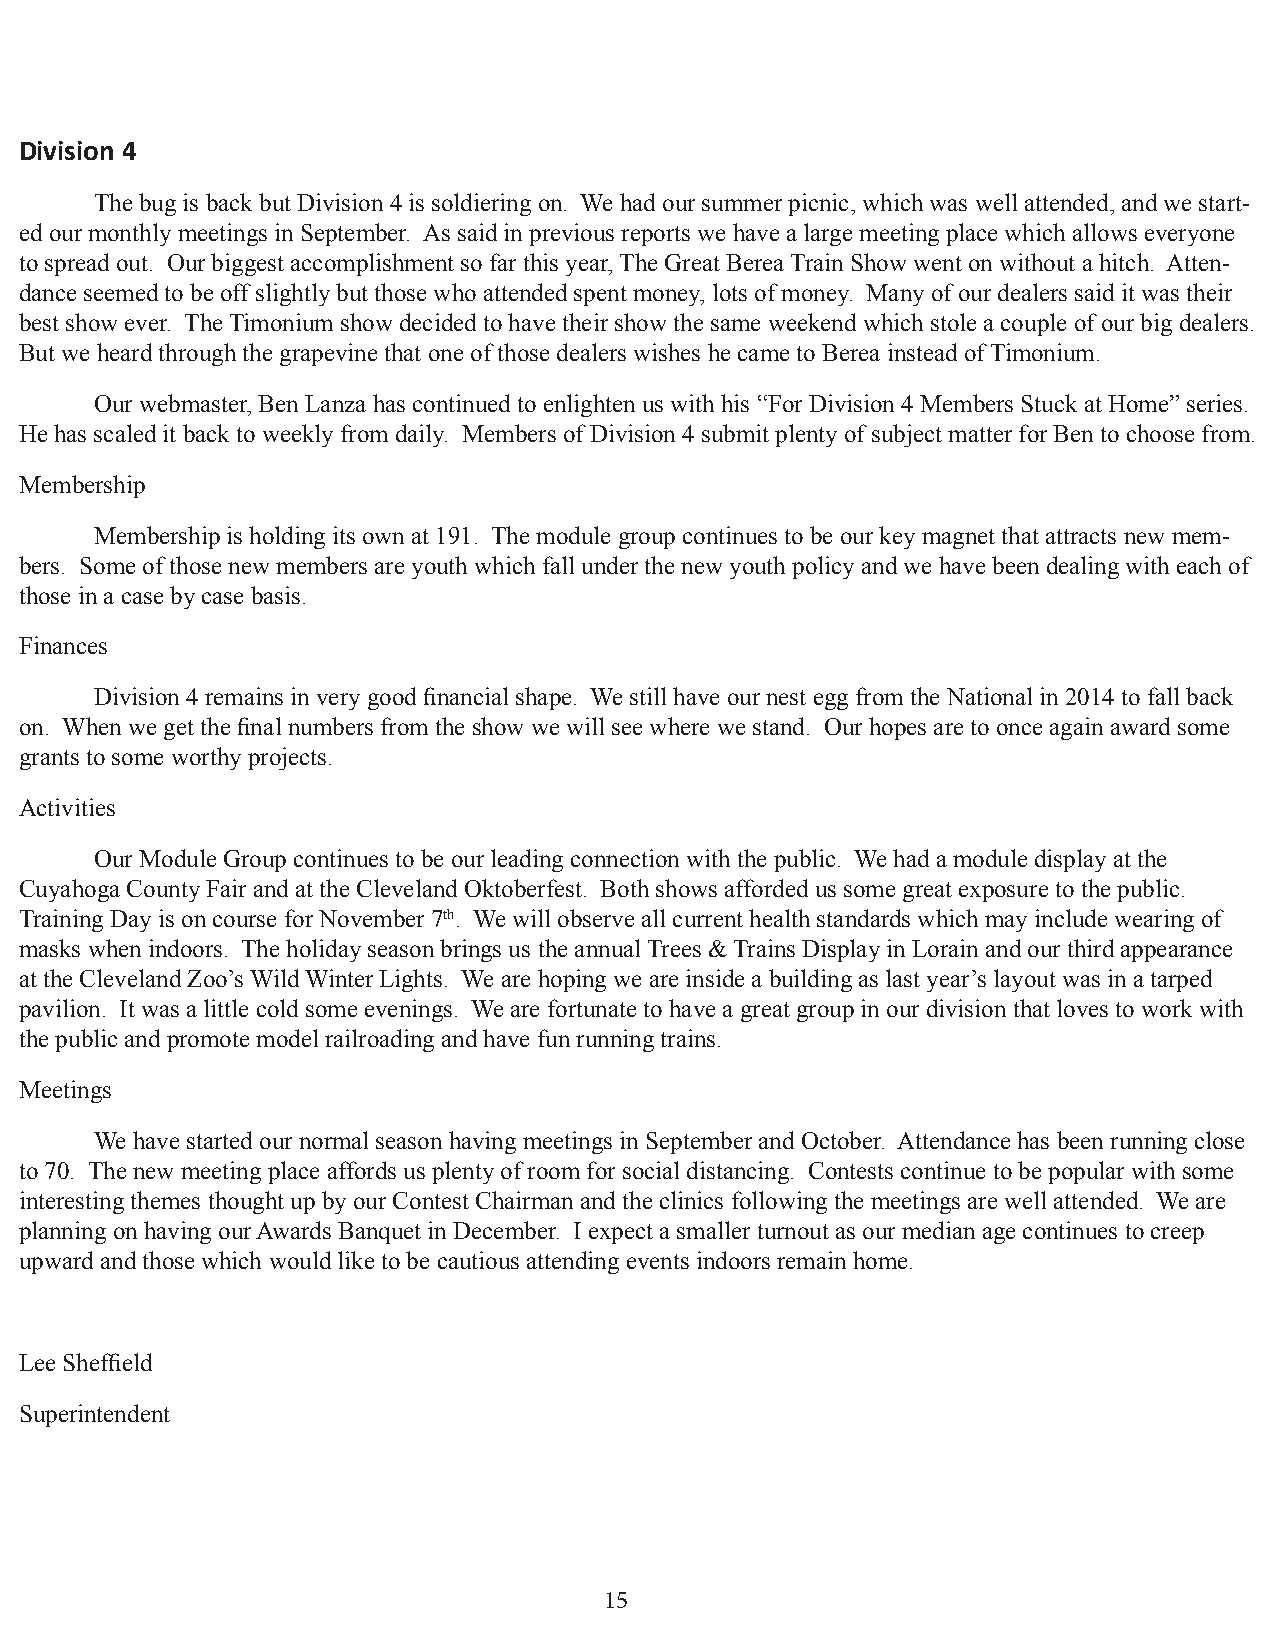
Division 4
 The bug is back but Division 4 is soldiering on. We had our summer picnic, which was well attended, and we start-
 ed our monthly meetings in September. As said in previous reports we have a large meeting place which allows everyone
 to spread out. Our biggest accomplishment so far this year, The Great Berea Train Show went on without a hitch. Atten-
 dance seemed to be off slightly but those who attended spent money, lots of money. Many of our dealers said it was their
 best show ever. The Timonium show decided to have their show the same weekend which stole a couple of our big dealers.
 But we heard through the grapevine that one of those dealers wishes he came to Berea instead of Timonium.
 Our webmaster, Ben Lanza has continued to enlighten us with his “For Division 4 Members Stuck at Home” series.
 He has scaled it back to weekly from daily. Members of Division 4 submit plenty of subject matter for Ben to choose from.
 Membership
 Membership is holding its own at 191. The module group continues to be our key magnet that attracts new mem-
 bers. Some of those new members are youth which fall under the new youth policy and we have been dealing with each of
 those in a case by case basis.
 Finances
 Division 4 remains in very good financial shape. We still have our nest egg from the National in 2014 to fall back
 on. When we get the final numbers from the show we will see where we stand. Our hopes are to once again award some
 grants to some worthy projects.
 Activities
 Our Module Group continues to be our leading connection with the public. We had a module display at the
 Cuyahoga County Fair and at the Cleveland Oktoberfest. Both shows afforded us some great exposure to the public.
 Training Day is on course for November 7th. We will observe all current health standards which may include wearing of
 masks when indoors. The holiday season brings us the annual Trees & Trains Display in Lorain and our third appearance
 at the Cleveland Zoo’s Wild Winter Lights. We are hoping we are inside a building as last year’s layout was in a tarped
 pavilion. It was a little cold some evenings. We are fortunate to have a great group in our division that loves to work with
 the public and promote model railroading and have fun running trains.
 Meetings
 We have started our normal season having meetings in September and October. Attendance has been running close
 to 70. The new meeting place affords us plenty of room for social distancing. Contests continue to be popular with some
 interesting themes thought up by our Contest Chairman and the clinics following the meetings are well attended. We are
 planning on having our Awards Banquet in December. I expect a smaller turnout as our median age continues to creep
 upward and those which would like to be cautious attending events indoors remain home.
 Lee Sheffield
 Superintendent
 15